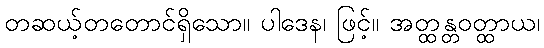
တဆယ့်တတောင်ရှိသော။ ပါဒေန၊ ဖြင့်။ အတ္ထန္တဝတ္ထာယ၊